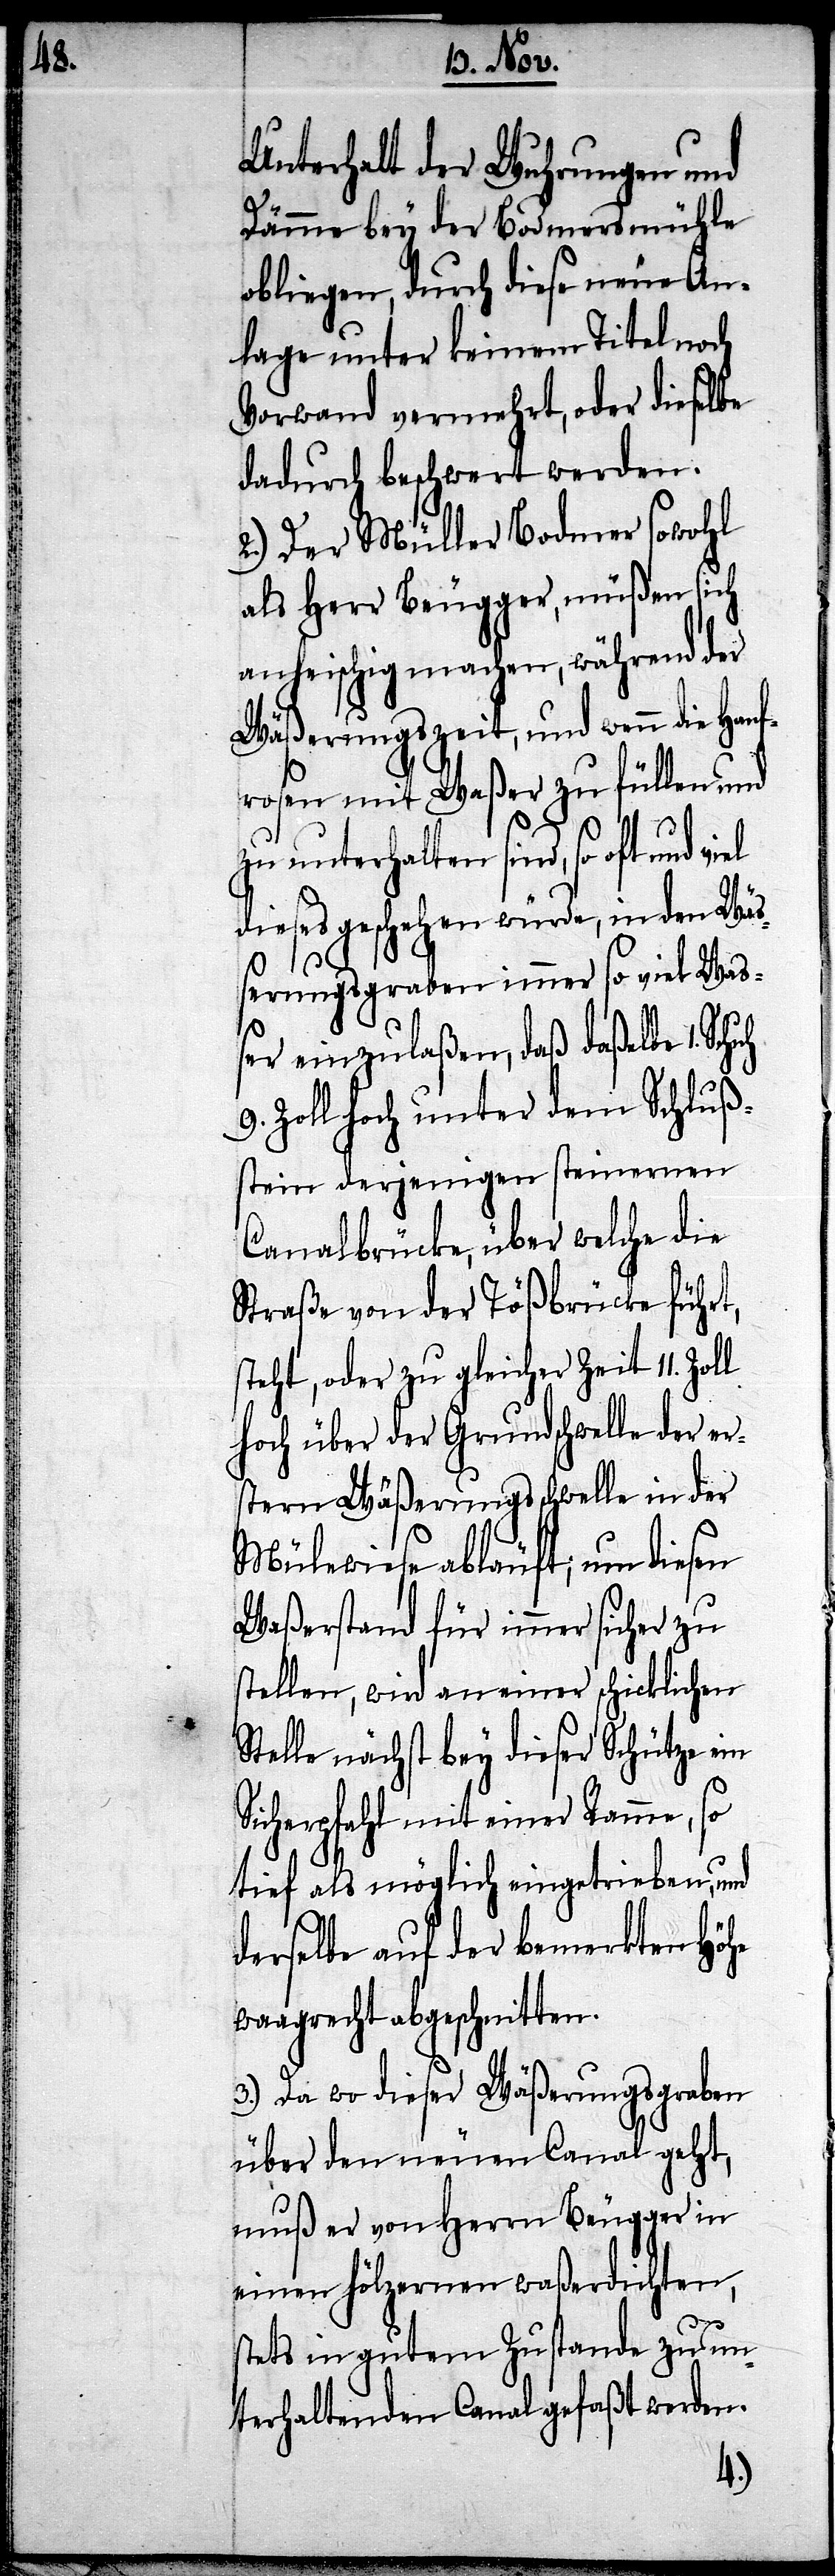
die Hanf¬
Unterhalt der Wuhrungen und
Dämme bey der Bodmersmühle
obliegen, durch diese neue An¬
lage unter keinem Titel noch
Vorwand vermehrt, oder dieselbe
dadurch beschwert werden.
2.) Der Müller Bodmer sowohl
als Herr Beugger, müßen sich
anheischig machen, und wenn
rosen mit Waßer zu füllen und
zu unterhalten sind, so oft und
dies geschehen würde, in den Wä¬
ßerungsgraben immer so viel Waß¬
er einzulaßen, daß daßelbe 1.
9. Zoll hoch unter dem Schlußs¬
tein derjenigen steinernen
Canalbrücke, über welche die
Straße von der Tößbrücke führt,
steht, oder zu gleicher Zeit 11. Zoll
hoch über der Grundschwelle der er¬
stern Wäßerungsschwelle in der
Mülewiese abläuft; um diesen
Waßerstand für immer sicher zu
stellen, wird an einer schicklichen
Stelle nächst bey dieser Schütze ein
Sicherpfahl mit einer Ramme, so
tief als möglich eingetrieben, und
derselbe auf der bemerkten Höhe
waagrecht abgeschnitten.
3.) Da wo dieser Waßerungsgraben
über den neuen Canal geht,
muß er von Herrn Beugger in
einen hölzernen waßerdichten
stets in gutem Zustande zu un¬
terhaltenden Canal gefaßt werden.